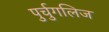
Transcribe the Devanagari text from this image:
पुर्चुगलिज